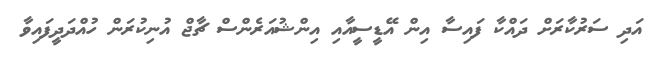
އަދި ސަރުކާރަށް ދައްކާ ފައިސާ އިން އޭޑީސީއާއި އިންޝުއަރެންސް ޗާޖް އުނިކުރަން ހުއްދަދީފައިވާ